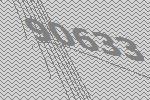
90633